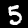
Digit: 5